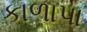
કાળાપા